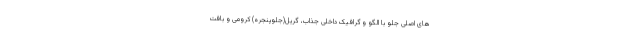
های اصلی جلو با الگو و گرافیک داخلی جذاب، گریل(جلوپنجره) کرومی و بافت